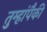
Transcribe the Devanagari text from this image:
तुम्हांपैकी